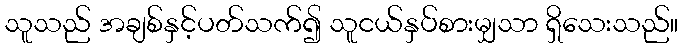
သူသည် အချစ်နှင့်ပတ်သက်၍ သူငယ်နှပ်စားမျှသာ ရှိသေးသည်။